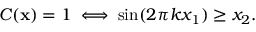
C ( \mathbf { x } ) = 1 \iff \sin ( 2 \pi k x _ { 1 } ) \geq x _ { 2 } .